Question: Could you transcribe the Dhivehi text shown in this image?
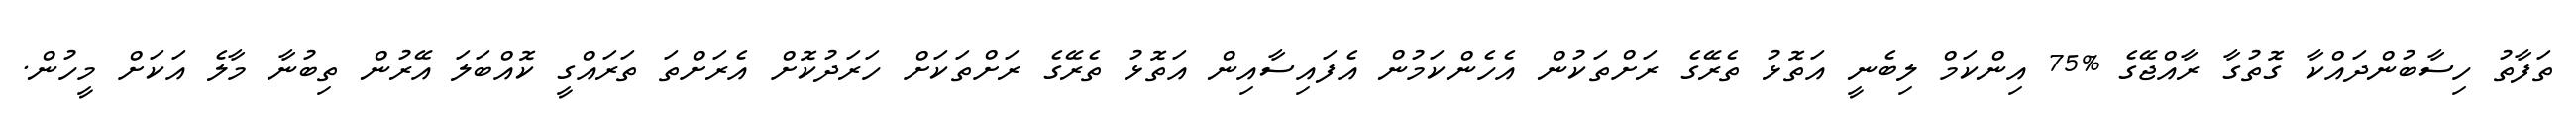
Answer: ތަފާތު ހިސާބުންދައްކާ ގޮތުގާ ރާއްޖޭގެ %75 އިންކަމް ލިބެނީ އަތޮޅު ތެރޭގެ ރަށްތަކުން އެހެންކަމުން އެފައިސާއިން އަތޮޅު ތެރޭގެ ރަށްތަކަށް ހަރަދުކޮށް އެރަށްތަ ތަރައްގީ ކޮއްބަލަ އޭރުން ތިބުނާ މާލެ އަކަށް މީހުން.